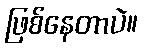
ဖြစ်နေတာပဲ။